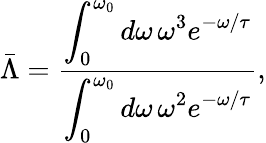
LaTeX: \bar{\Lambda}=\frac{\displaystyle\int_{0}^{\omega_{0}}d\omega\, \omega^{3}e^{-\omega/\tau}}{\displaystyle\int_{0}^{\omega_{0}}d\omega\, \omega^{2}e^{-\omega/\tau}},